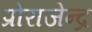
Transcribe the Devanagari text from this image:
प्रोराजेन्द्र